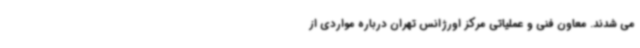
می شدند. معاون فنی و عملیاتی مرکز اورژانس تهران درباره مواردی از